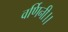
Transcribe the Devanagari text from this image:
वर्णिनी।।